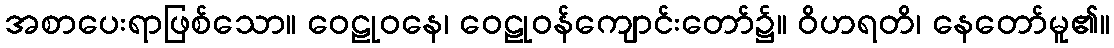
အစာပေးရာဖြစ်သော။ ဝေဠုဝနေ၊ ဝေဠုဝန်ကျောင်းတော်၌။ ဝိဟရတိ၊ နေတော်မူ၏။